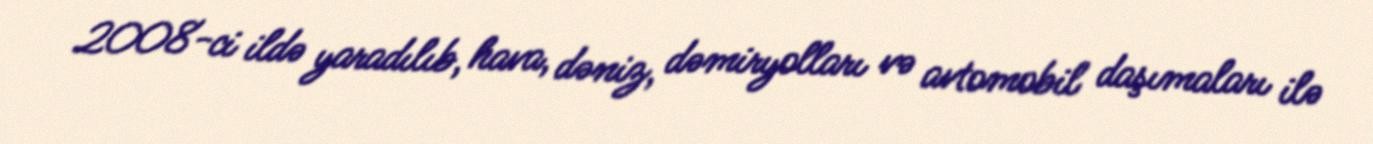
2008-ci ildə yaradılıb, hava, dəniz, dəmiryolları və avtomobil daşımaları ilə